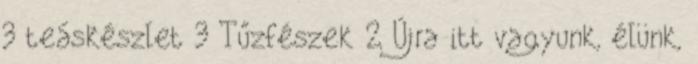
3 teáskészlet 3 Tűzfészek 2 Újra itt vagyunk, élünk,